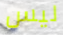
ليس